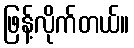
ဖြန့်လိုက်တယ်။